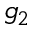
g _ { 2 }